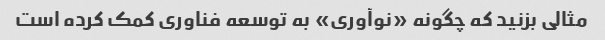
مثالی بزنید که چگونه «نوآوری» به توسعه فناوری کمک کرده است